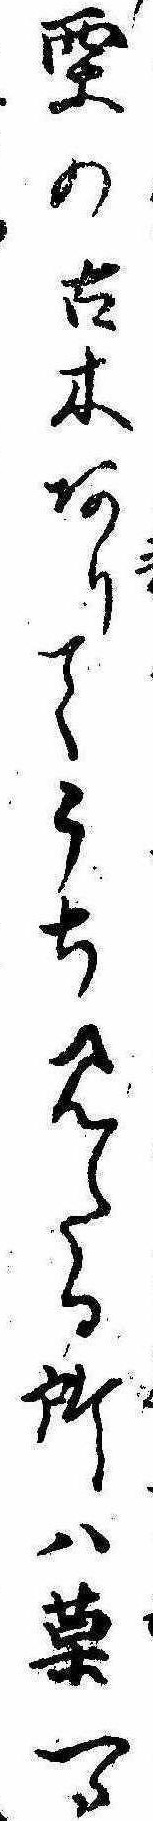
栗の古木ありてうち見たる所は菓一つ